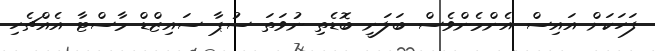
ފަހަކަށް އައިސް އެންމެންވެސް ބަލަނީ ބޮޑެތި ނުވަތަ ސުޕާ ސައިޒްޑް މާސްޓާ އެއްޗެހި